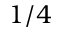
1 / 4